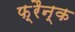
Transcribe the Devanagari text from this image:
फ़्रैन्क